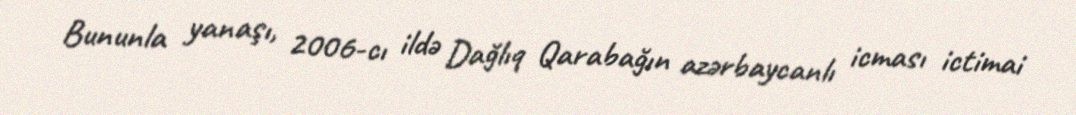
Bununla yanaşı, 2006-cı ildə Dağlıq Qarabağın azərbaycanlı icması ictimai